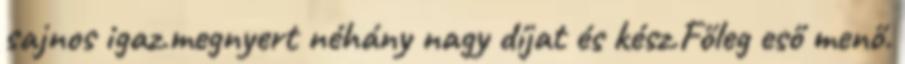
sajnos igaz.megnyert néhány nagy díjat és kész.Főleg eső menő.